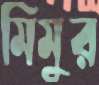
মিমুর